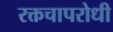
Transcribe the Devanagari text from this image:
रक्तचापरोधी